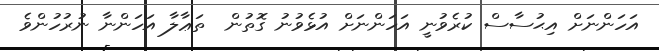
އަހަންނަށް އިޙުސާސް ކުރެވުނީ އަހަންނަށް އުޅެވުނު ގޮތުން  ތަޢާލާ އަހަންނާ ނުރުހުންވެ